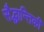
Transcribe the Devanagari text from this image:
सैद्धान्तिकी